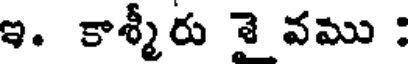
ఇ. కాశ్మీరు శై వము :